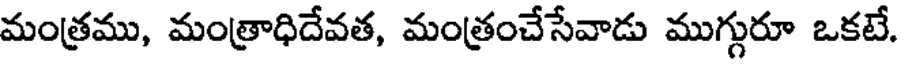
మంత్రము, మంత్రాధిదేవత, మంత్రంచేసేవాడు ముగ్గురూ ఒకటే.